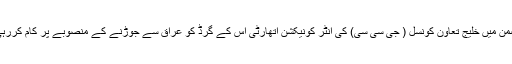
اس ضمن میں خلیج تعاون کونسل ( جی سی سی) کی انٹر کونیکشن اتھارٹی اس کے گرڈ کو عراق سے جوڑنے کے منصوبے پر کام کررہی ہے۔